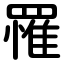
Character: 罹